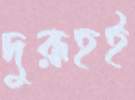
দুরূহই